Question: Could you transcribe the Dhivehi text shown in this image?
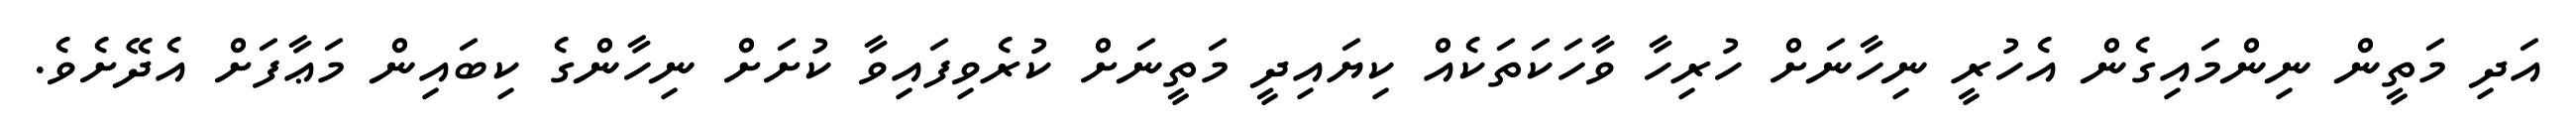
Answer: އަދި މަތީން ނިންމައިގެން އެހުރީ ނިހާނަށް ހުރިހާ ވާހަކަތަކެއް ކިޔައިދީ މަތީނަށް ކުރެވިފައިވާ ކުށަށް ނިހާންގެ ކިބައިން މަޢާފަށް އެދޭށެވެ.